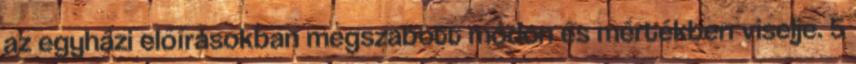
az egyházi előírásokban megszabott módon és mértékben viselje. 5